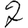
Digit: 2